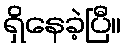
ရှိနေခဲ့ပြီ။